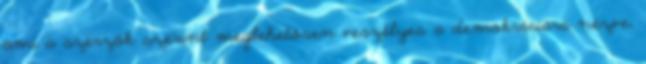
ami a szerzők szerint meglehetősen veszélyes a demokráciára nézve,